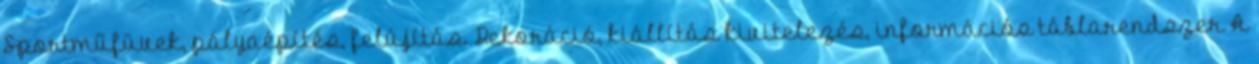
Sportműfüvek, pályaépítés, felújítás. Dekoráció, kiállítás kivitelezés, információs táblarendszer A